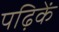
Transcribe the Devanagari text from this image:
पढ़िकें